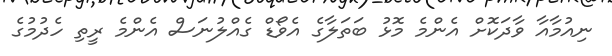
ނިއުމާއާ ވާދަކޮށް އެންމެ މޮޅު ބަތަލާގެ އެވޯޑް ގެއްލުނަސް އެންމެ ރީތި ހެދުމުގެ